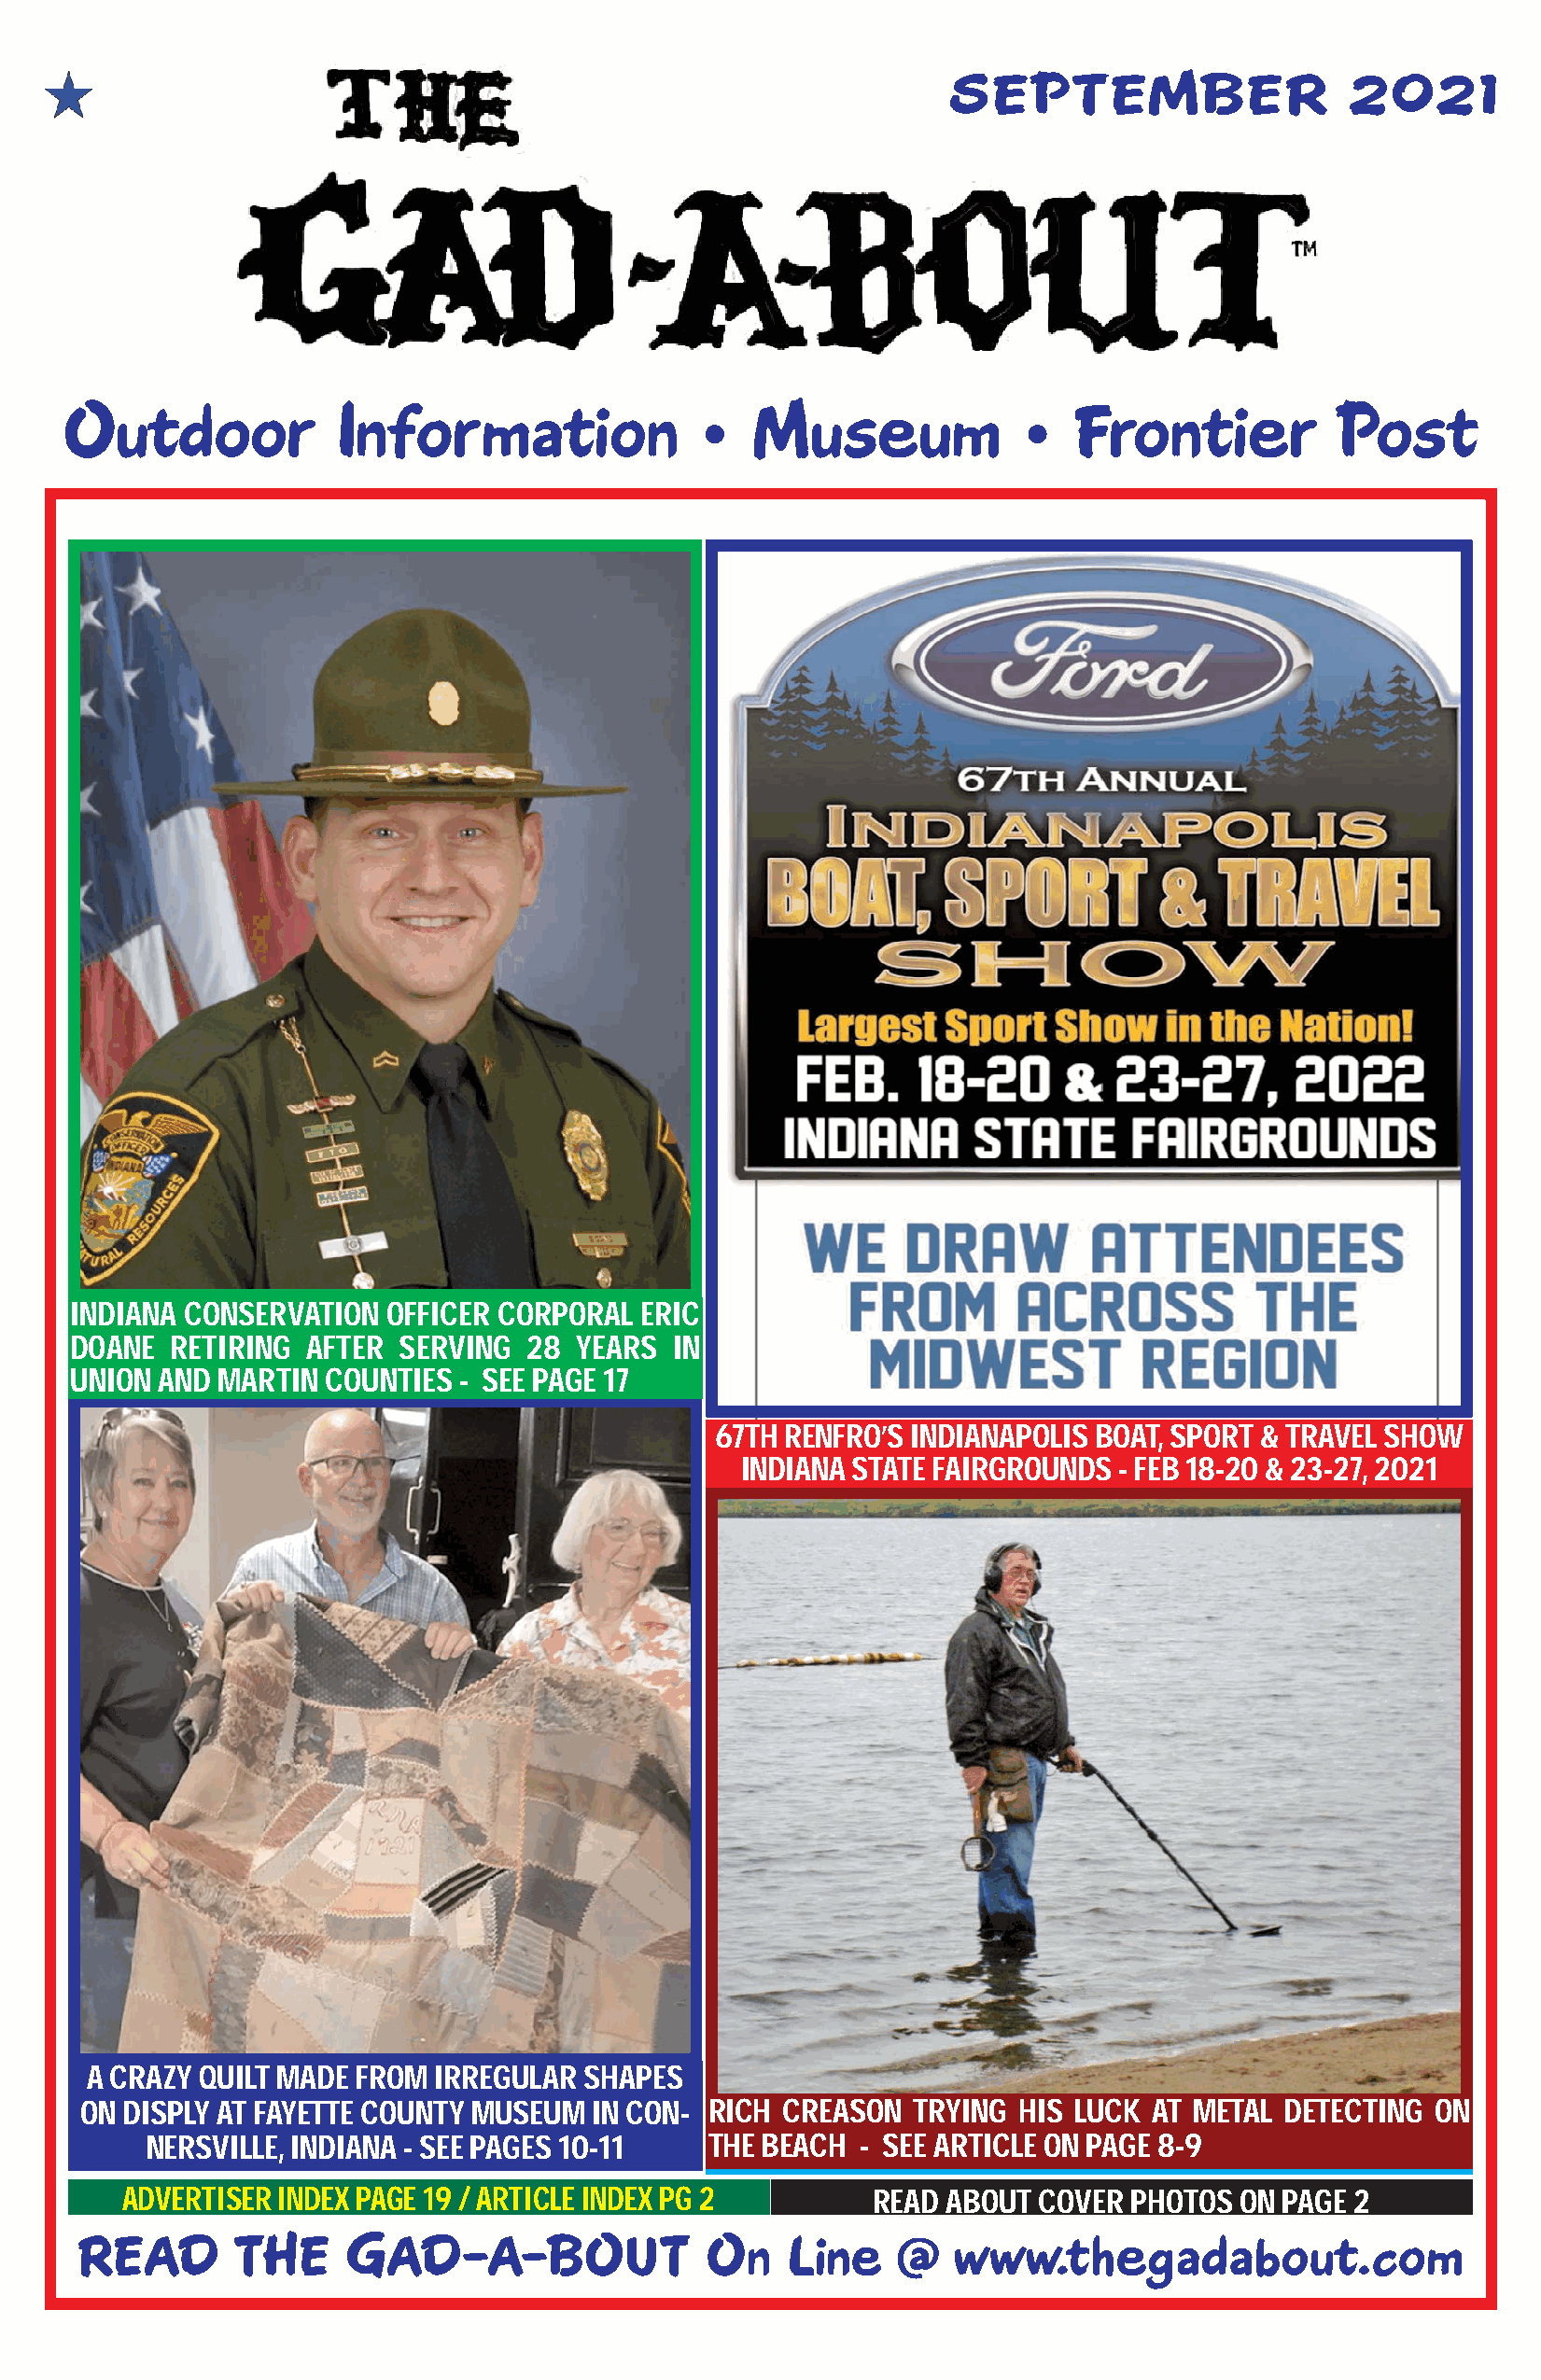
SEPTEMBER                    2021
 Outdoor             Information              •   Museum             •   Frontier           Post
 INDIANA CONSERVATION  OFFICER CORPORAL  ERIC
 DOANE  RETIRING  AFTER SERVING  28  YEARS  IN
 UNION AND MARTIN  COUNTIES  - SEE PAGE 17
 67TH RENFRO’S INDIANAPOLIS BOAT, SPORT & TRAVEL SHOW
 INDIANA STATE FAIRGROUNDS - FEB 18-20 & 23-27, 2021
 A CRAZY QUILT MADE FROM  IRREGULAR SHAPES
 ON DISPLY AT FAYETTE COUNTY MUSEUM  IN CON- RICH CREASON   TRYING HIS LUCK  AT METAL DETECTING  ON
 NERSVILLE, INDIANA - SEE PAGES 10-11    THE BEACH  - SEE ARTICLE ON PAGE 8-9
 ADVERTISER INDEX PAGE 19 / ARTICLE INDEX PG 2        READ ABOUT  COVER PHOTOS  ON PAGE 2
 READ        THE    GAD-A-BOUT                On    Line    @   www.thegadabout.com